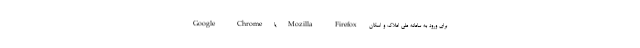
Google Chrome یا Mozilla Firefox برای ورود به سامانه ملی املاک و اسکان